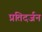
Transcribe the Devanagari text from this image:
प्रतिदर्जन